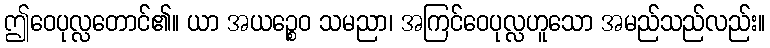
ဤဝေပုလ္လတောင်၏။ ယာ အယဉ္စေဝ သမညာ၊ အကြင်ဝေပုလ္လဟူသော အမည်သည်လည်း။